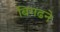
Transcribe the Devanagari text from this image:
बिगढने